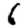
Digit: 6